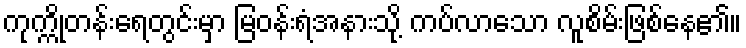
ကုက္ကိုတန်းရေတွင်းမှာ မြဝန်းရံအနားသို့ ကပ်လာသော လူစိမ်းဖြစ်နေ၏။